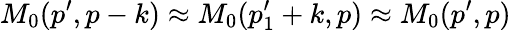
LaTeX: M_{0}(p^{\prime},p-k)\approx M_{0}(p_{1}^{\prime}+k,p)\approx M_{0}(p^{\prime},p)